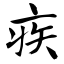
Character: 疾